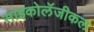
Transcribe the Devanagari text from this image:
साइकोलॅजीकल